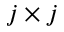
j \times j